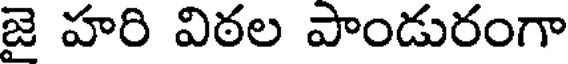
జై హరి విఠల పాండురంగా